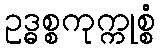
ဥဒ္ဓစ္စကုက္ကုစ္စံ